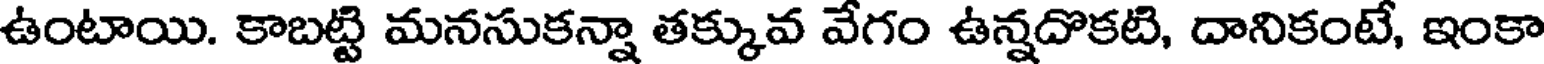
ఉంటాయి. కాబట్టి మనసుకన్నా తక్కువ వేగం ఉన్నదొకటి, దానికంటే, ఇంకా